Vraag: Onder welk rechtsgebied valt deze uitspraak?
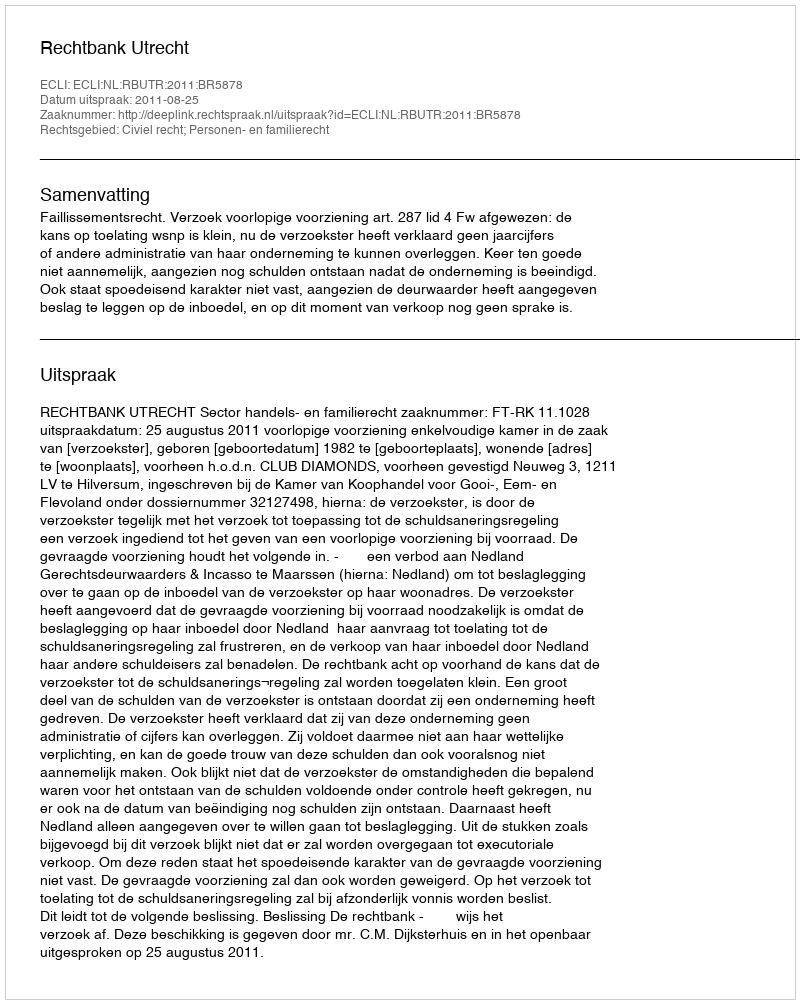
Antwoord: Civiel recht; Personen- en familierecht